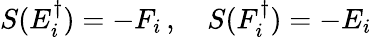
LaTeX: S(E_{i}^{\dagger})=-F_{i}\, ,~~~~S(F_{i}^{\dagger})=-E_{i}